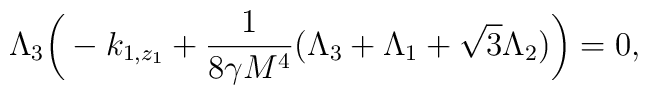
\Lambda_3\bigg(-k_{1,z_1}+\frac{1}{8\gamma M^4}(\Lambda_3+\Lambda_1+\sqrt{3}\Lambda_2)\bigg)=0,